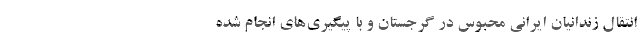
انتقال زندانیان ایرانی محبوس در گرجستان و با پیگیری‌های انجام شده